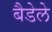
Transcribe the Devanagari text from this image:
बैडेले